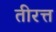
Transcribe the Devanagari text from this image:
तीरत्त